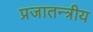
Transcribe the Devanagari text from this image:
प्रजातन्त्रीय